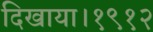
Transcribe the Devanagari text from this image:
दिखाया।१९१२